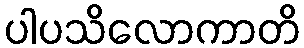
ပါပသိလောကာတိ